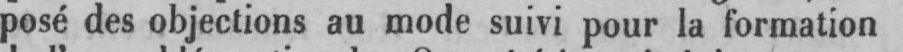
posé des objections au mode suivi pour la formation